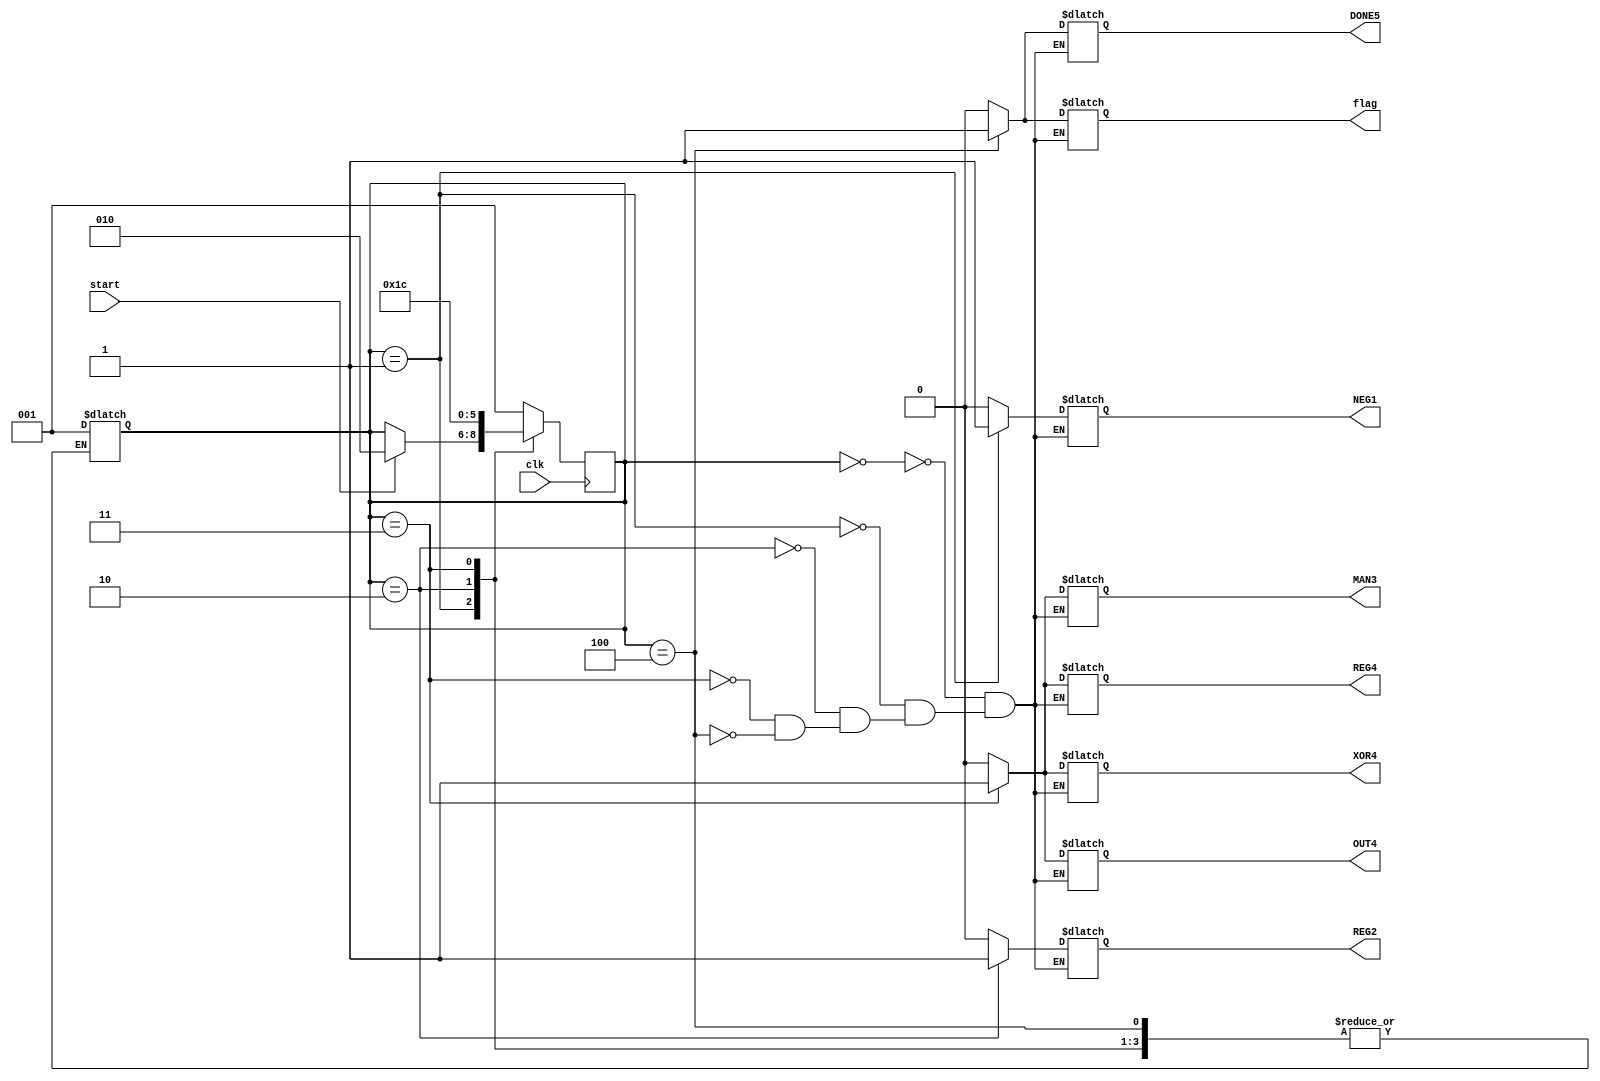
module controller(
input clk,start,
output reg flag,
output reg NEG1,MAN3,OUT4,XOR4,DONE5,REG2,REG4
); 
reg [2:0] nextstate;
	parameter S0 = 3'b000;
	parameter S1 = 3'b001;
	parameter S2 = 3'b010;
	parameter S3 = 3'b011;
	parameter S4 = 3'b100;
	always @(posedge clk)begin
		case(nextstate)
			S0:nextstate <= S1;
			S1:if(start ==1)nextstate <= S2;
			S2:nextstate <= S3;
			S3:nextstate <= S4;
			default: nextstate <= S1;
		endcase
	end
	always @(nextstate)begin
		case(nextstate)
		S0:begin
			NEG1 = 1'b0;
			REG2 = 1'b0;
			MAN3 = 1'b0;
			OUT4 = 1'b0;
			XOR4 = 1'b0;
			REG4 = 1'b0;
			DONE5 = 1'b0;
			flag =1'b0;
		end
		S1:begin
			NEG1 = 1'b1;
			REG2 = 1'b0;
			MAN3 = 1'b0;
			OUT4 = 1'b0;
			XOR4 = 1'b0;
			REG4 = 1'b0;
			DONE5 = 1'b0;
			flag =1'b0;
		end
		S2:begin
			NEG1 = 1'b0;
			REG2 = 1'b1;
			MAN3 = 1'b0;
			OUT4 = 1'b0;
			XOR4 = 1'b0;
			REG4 = 1'b0;
			DONE5 = 1'b0;
			flag =1'b0;
		end
		S3:begin
			NEG1 = 1'b0;
			REG2 = 1'b0;
			MAN3 = 1'b1;
			OUT4 = 1'b1;
			XOR4 = 1'b1;
			REG4 = 1'b1;
			DONE5 = 1'b0;
			flag =1'b0;
		end
		S4:begin
			NEG1 = 1'b0;
			REG2 = 1'b0;
			MAN3 = 1'b0;
			OUT4 = 1'b0;
			XOR4 = 1'b0;
			REG4 = 1'b0;
			DONE5 = 1'b1;
			flag =1'b1;
		end
		
	//ADD1,NEG1,ADD2,MUL2,MAN3,OUT4,DONE5
		default:nextstate = S1;
	endcase
	end
endmodule